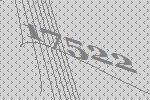
17522